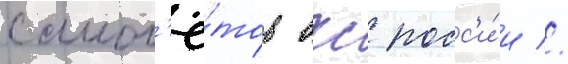
самол'ё́тов вкс росс'и́и //